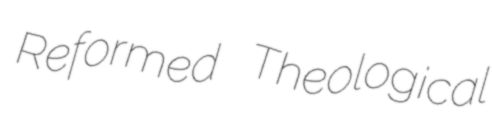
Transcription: Reformed Theological